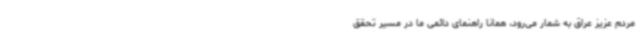
مردم عزیز عراق به شمار می‌رود، همانا راهنمای دائمی ما در مسیر تحقق